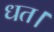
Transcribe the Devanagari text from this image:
धत।